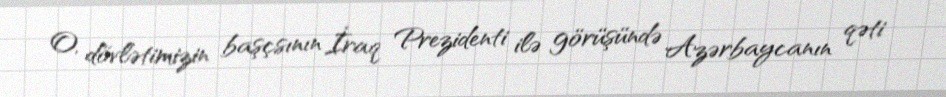
O, dövlətimizin başçsının İraq Prezidenti ilə görüşündə Azərbaycanın qəti